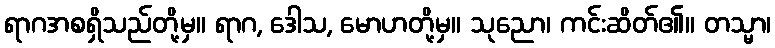
ရာဂအစရှိသည်တို့မှ။ ရာဂ, ဒေါသ, မောဟတို့မှ။ သုညော၊ ကင်းဆိတ်၏။ တသ္မာ၊